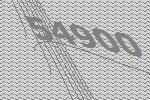
54900